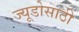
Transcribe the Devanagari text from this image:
ज्यूडोसाठी